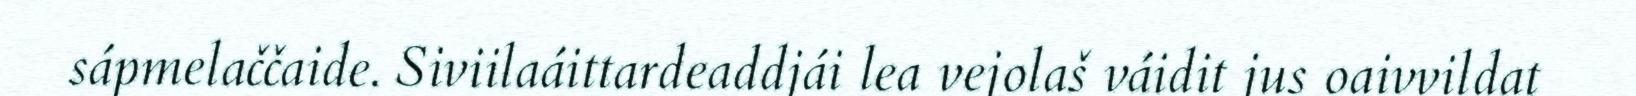
sápmelaččaide. Siviilaáittardeaddjái lea vejolaš váidit jus oaivvildat